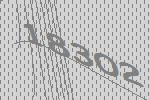
18302